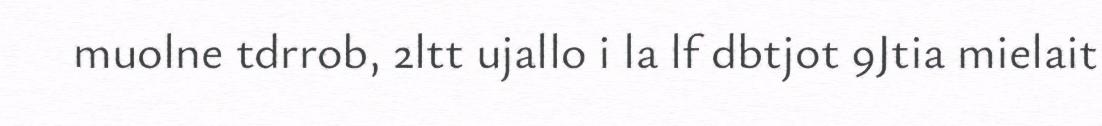
muolne tdrrob, 2ltt ujallo i la lf dbtjot 9Jtia mielait